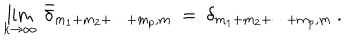
\lim _ { k \rightarrow \infty } ~ { \bar { \delta } } _ { m _ { 1 } + m _ { 2 } + \cdots + m _ { p } , m } ~ = ~ \delta _ { m _ { 1 } + m _ { 2 } + \cdots + m _ { p } , m } ~ .